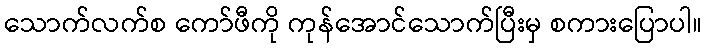
သောက်လက်စ ကော်ဖီကို ကုန်အောင်သောက်ပြီးမှ စကားပြောပါ။